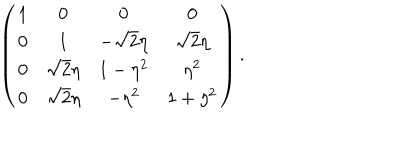
LaTeX: \left( \begin{matrix} { { 1 } } & { { 0 } } & { { 0 } } & { { 0 } } \\ { { 0 } } & { { 1 } } & { { - \sqrt { 2 } \eta } } & { { \sqrt { 2 } \eta } } \\ { { 0 } } & { { \sqrt { 2 } \eta } } & { { 1 - \eta ^ { 2 } } } & { { \eta ^ { 2 } } } \\ { { 0 } } & { { \sqrt { 2 } \eta } } & { { - \eta ^ { 2 } } } & { { 1 + \eta ^ { 2 } } } \\ \end{matrix} \right) .